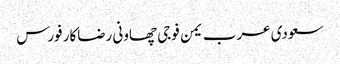
سعودی عرب یمن فوجی چھاونی رضاکار فورس